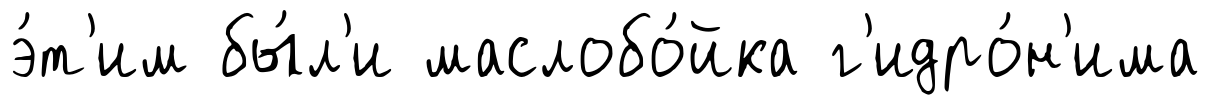
э́т'им бы́л'и маслобо́йка г'идро́н'има